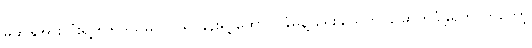
မဲဆန္ဒအားလုံးရဲ့ ၅၆ ဒသမ ၁၂ ရာနှုန်းရဲ့ ထောက်ခံမှုနဲ့ ရွေးချယ်တင်မြှောက်ခံခဲ့ရတာကတော့